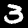
Label: 3